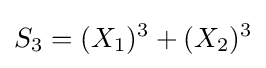
S_{3}=(X_{1})^{3}+(X_{2})^{3}